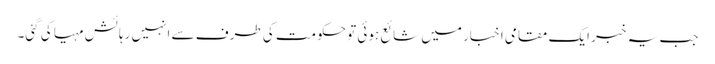
جب یہ خبر ایک مقامی اخبار میں شائع ہوئی تو حکومت کی طرف سے انہیں رہائش مہیا کی گئی۔